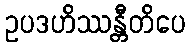
ဥပဒဟိဿန္တီတိပေ